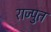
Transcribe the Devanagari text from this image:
राज्पुत